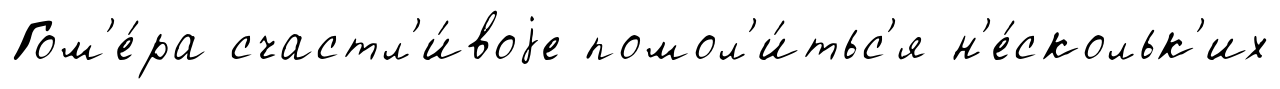
Гом'е́ра счастл'и́воjе помол'и́тьс'я н'е́скольк'их